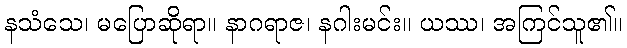
နသံသေ၊ မပြောဆိုရာ။ နာဂရာဇ၊ နဂါးမင်း။ ယဿ၊ အကြင်သူ၏။